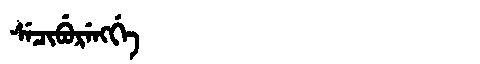
Manchu: ᠰᡝᠴᡳᠪᡠᡵᡝᠩᡤᡝ
Romanization: SECIBURENGGE